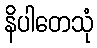
နိပါတေသုံ